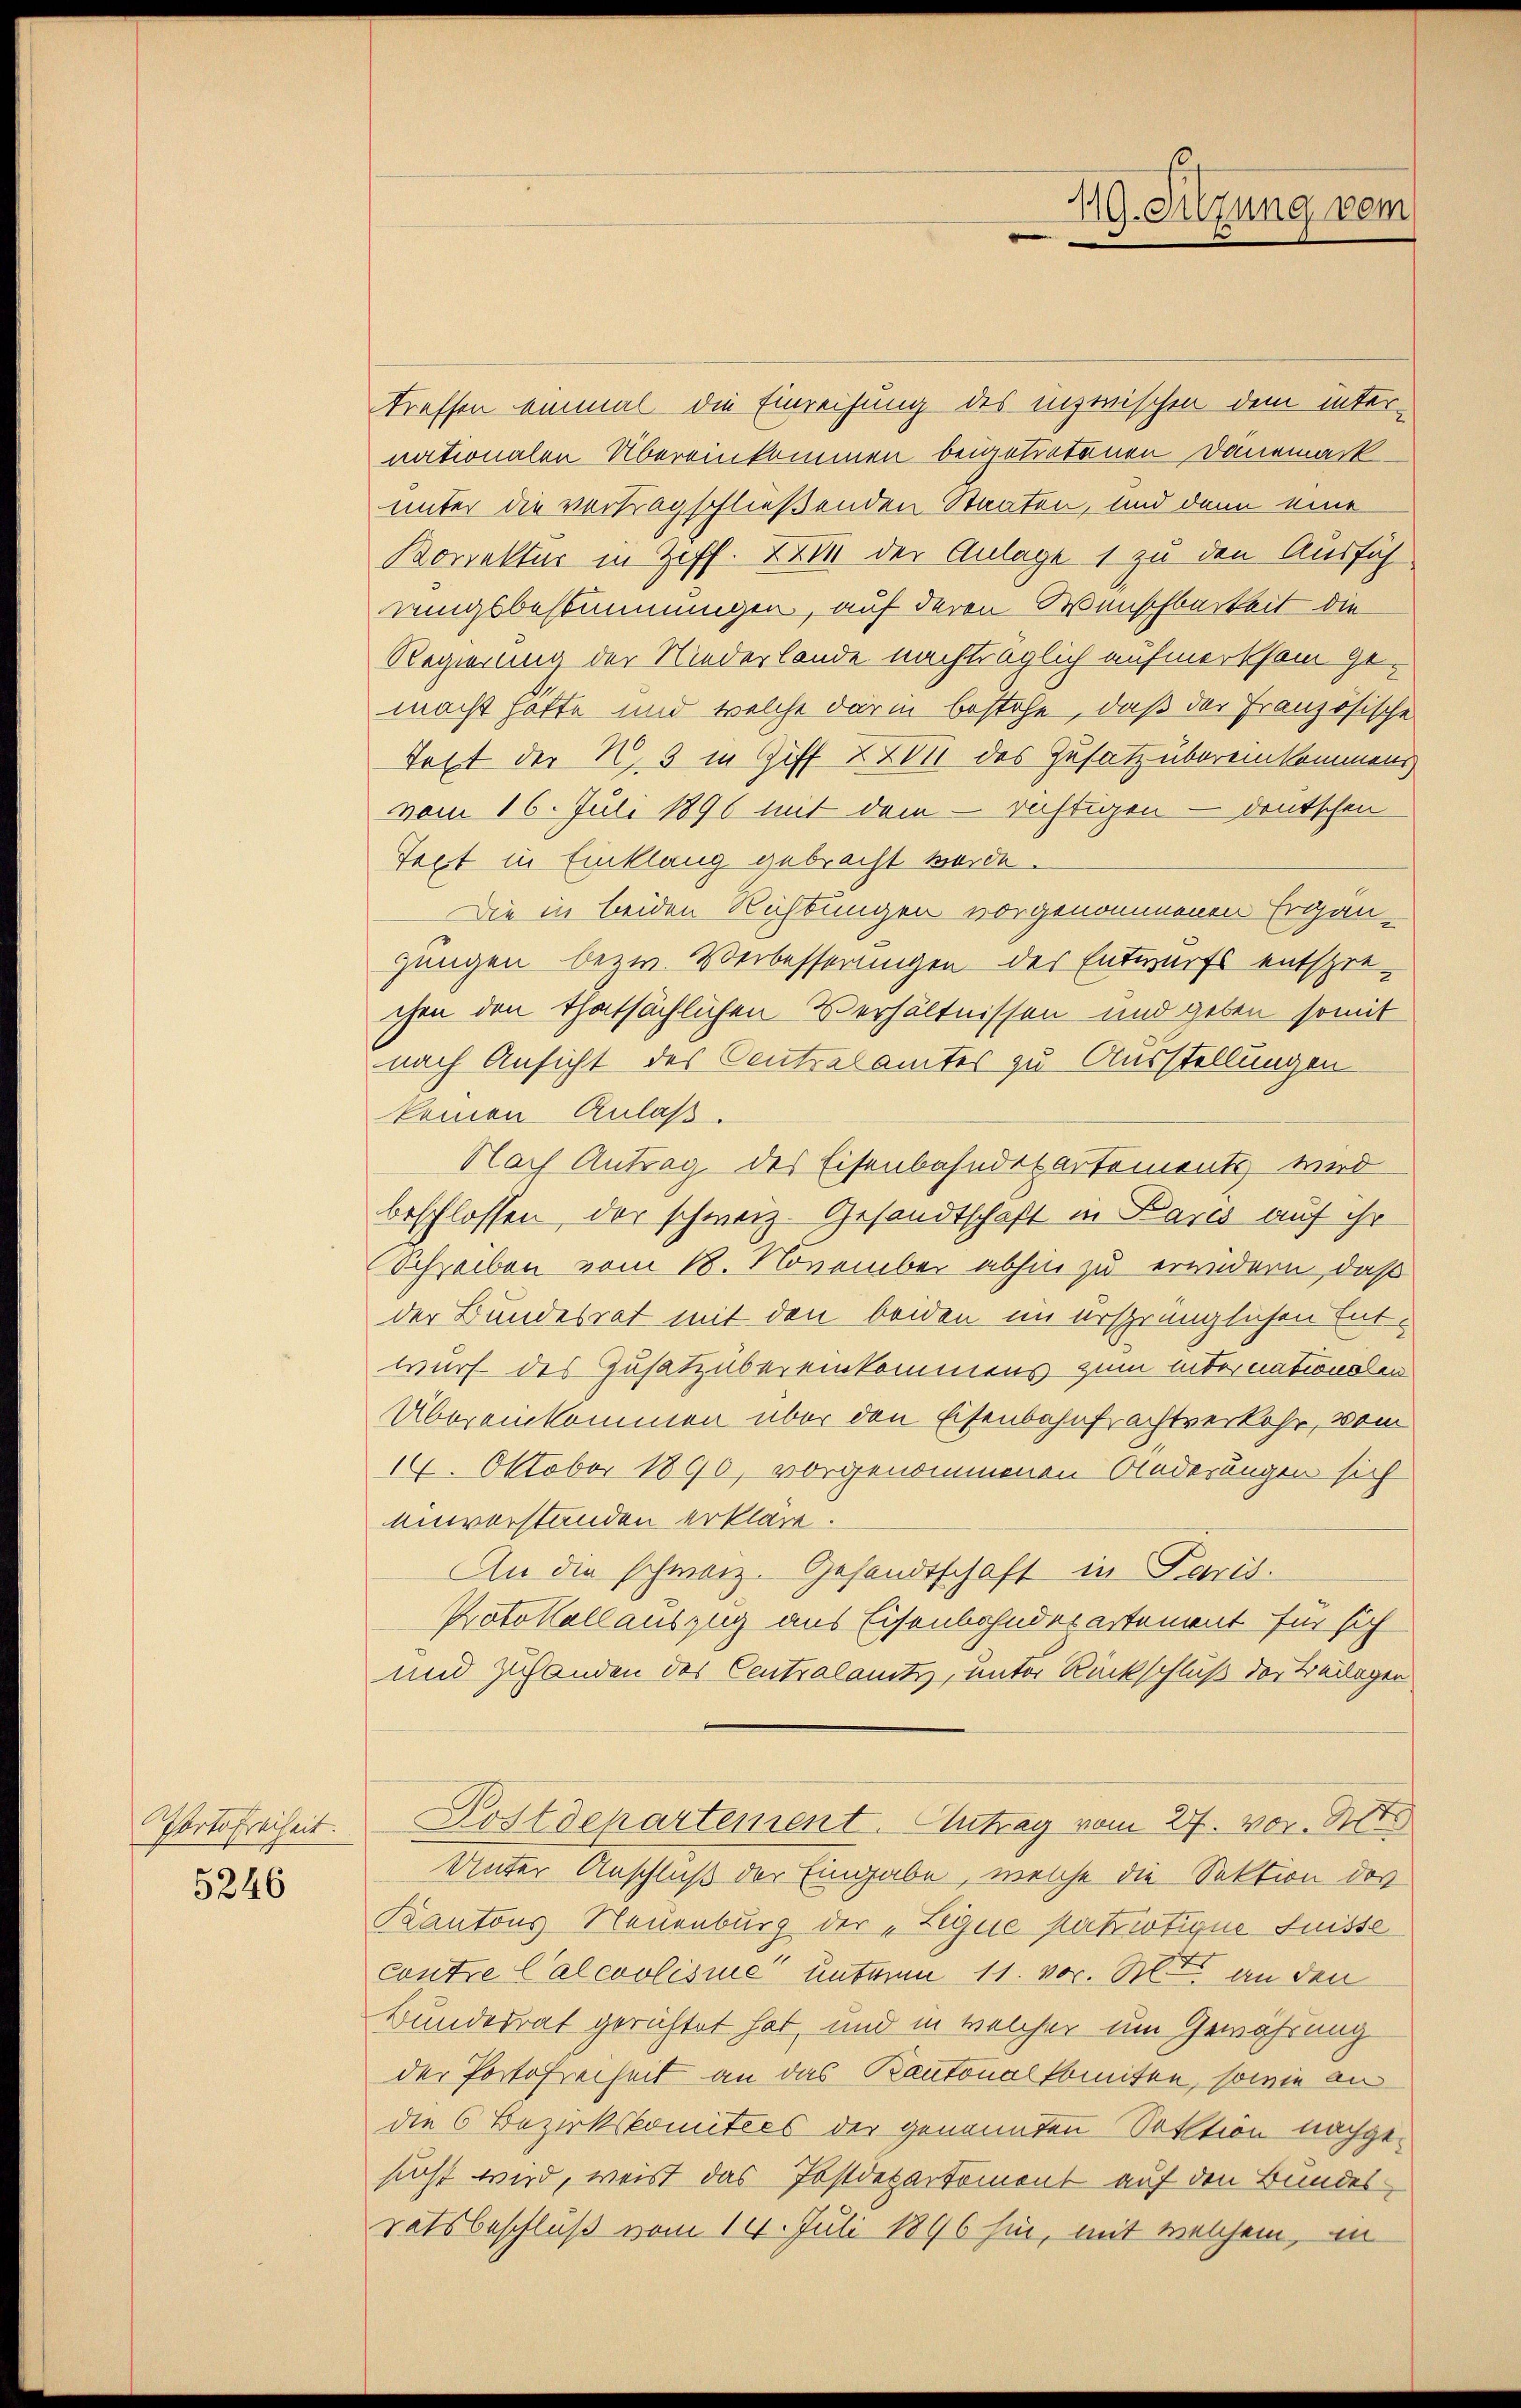
Porto Freiheit.

5246

treffen einmal die Einreifung des inzwischen dem internationalen Übereinkommen beigetretenen Danemack-
unter die vertragschließenden Staaten, und dann eine
Korrektur in Ziff. in der Anlage 1 zu den Ausfüh
rungsbestimmungen, auf deren Wunschbarkeit die
Regierung der Niederlande nachträglich aufmerksam gemacht hatte und welche darin bestehe, daß der Französische
Teft der N. 3 in Giff 220 des Zusatz übereinkommens
vom 16. Juli 1890 mit dem richtigen - deutschen
Text in Einklang gebracht werde.
Die in beiden Richtungen vorgenommenen Ergän-
gungen bezw. Verbesserungen des Entwurfs entsprechen den thatsächlichen Verhältnissen und geben somit
nach Ansicht des Centralamtes zu Ausstellungen
keinen Anlaß.
Nach Antrag des Eisenbahndepartements wird
beschlossen, der schweiz. Gesandtschaft in Pares auf ihr
Schreiben vom 18. November abhin zu erindern, daß
der Bundesrat mit den beiden im ersprünglichen Entwurf des Zusatz übereinkommens zum internationalen
Übereinkommen über den Eisenbahnfrachtverkehr, vom
14. Oktober 1890, vorgenommenen Anderungen sich
Anverständen erkläre.
An die schweiz. Gesandtschaft in Paris.
Protokollauszug aus Eisenbahndepartement für sich
und zuhanden des Centralamtiz, unter Rückschluß der Beilagen
Postdepartement. Antrag vom 27. vor. N
Unter Anschluß der Eingabe, welche die Sektion des
Kantons Neuenburg der „Zegue patriotique fuisse
contre Calcoolisie unterm 11. vor. Note an den
Bundesrat gerichtet hat, und in welcher um Gewährung
der Portofreiheit an das Kantonalkomiten, sowie an
die 6 Bezirkskomitées der genannten Sektion nachgesucht wird, weist das Postdepartement auf den Bundesratsbeschluß vom 14. Juli 1896 hin, mit welchem, in

19. Sitzung vom
e